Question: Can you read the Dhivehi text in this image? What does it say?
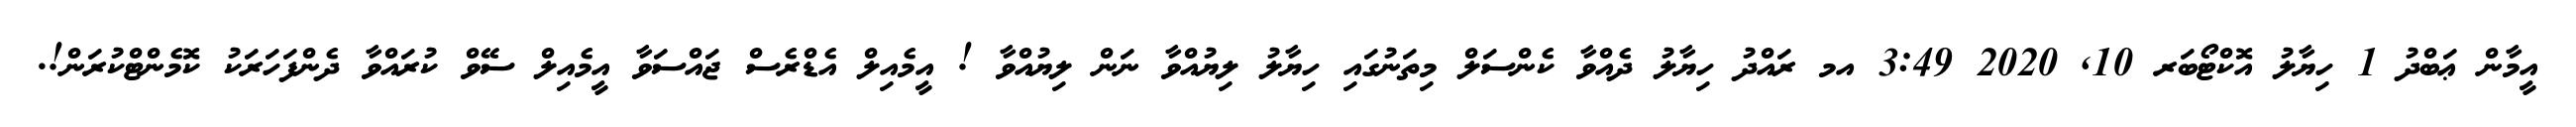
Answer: އީމާން ޢަބްދު 1 ހިޔާލު އޮކްޓޯބަރ 10, 2020 3:49 އމ ރައްދު ހިޔާލު ދެއްވާ ކެންސަލް މިތަނުގައި ހިޔާލު ލިޔުއްވާ ނަން ލިޔުއްވާ ! އީމެއިލް އެޑްރެސް ޖައްސަވާ އީމެއިލް ސޭވް ކުރައްވާ ދެންފަހަރަކު ކޮމެންޓްކުރަން!.